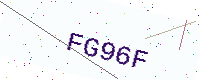
Text: FG96F